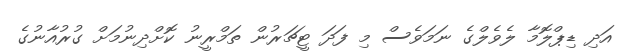
އަދި ޑިޕްލޮމާ ލެވެލްގެ ނަމަވެސް މި ފަދަ ޓީޗަރުން ތަމްރީނު ކޮށްދިނުމަށް ގުރުއާނުގެ